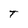
Character: T